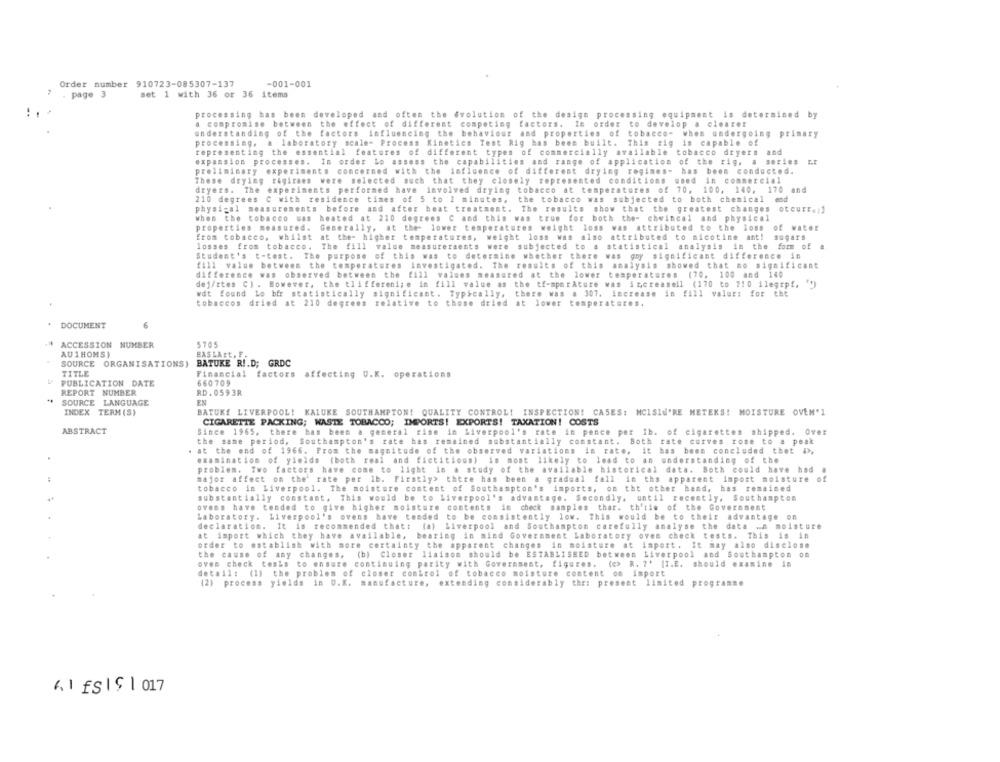
Order number 910723-085307-137
-001-001
. page 3
set 1 with 36 or 36 items
processing has been developed and often the evolution of the design processing equipment is determined by
a compromise between the effect of different competing factors. In order to develop a clearer
understanding of the factors influencing the behaviour and properties of tobacco- when undergoing primary
processing, a laboratory scale- Process Kinetics Test Rig has been built. This rig is capable of
representing the essential features of different types of commercially available tobacco dryers and
expansion processes. In order Lo assess the capabilities and range of application of the rig, a series Er
preliminary experiments concerned with the influence of different drying regimes- has been conducted.
These drying rigiraes were selected such that they closely represented conditions used in commercial
dryers. The experiments performed have involved drying tobacco at temperatures of 70, 100, 140, 170 and
210 degrees C with residence times of 5 to 1 minutes, the tobacco was subjected to both chemical end
physical measurements before and after heat treatment. The results show that the greatest changes
oteurr .: 1
when the tobacco was
heated at 210 degrees C and this was true for both the- chwincal and physical
properties measured.
Generally, at the- lower temperatures weight loss was attributed to the loss
of water
from tobacco, whilst at the- higher temperatures, weight loss was also attributed to nicotine ant!
sugars
losses from tobacco. The fill value measureraents were subjected to a statistical analysis in the form of
Student's t-test. The purpose of this was to determine whether there was gay significant difference in
fill value between the temperatures investigated. The results of this analysis showed that mo significant
difference was observed between the fill values measured at the lower temperatures (70, 100 and 140
dej/ttes C) . However, the tliffereni;e in fill value as the tf-mparAture was increaseil (170 to 210 ilegipf.
wdt found lo bfr statistically significant. Typically, there was a 307. increase in fill valur: for tht
tobaccos
dried at 210 degrees relative to those dried at lower temperatures.
DOCUMENT
6
ACCESSION NUMBER
5705
AU1HOMS)
HASLAst. F.
SOURCE ORGANISATIONS) BATUKE R !. D; GRDC
TITLE
Financial factors affecting U.K. operations
PUBLICATION DATE
660709
REPORT NUMBER
RD. 0593R
SOURCE LANGUAGE
EN
INDEX TERM (S)
BATUKE LIVERPOOL! KALUKE SOUTHAMPTON! QUALITY CONTROL! INSPECTION! CASES: MCISIU'RE METEKS! MOISTURE OVEM'1
CIGARETTE PACKING; WASTE TOBACCO; IMPORTS! EXPORTS! TAXATION! COSTS
ABSTRACT
Since 1965, there has been a general rise in Liverpool's rate in pence per Ib. of cigarettes shipped. Over
the same period, Southampton's rate has remained substantially constant. Both rate curves rose to a peak
at the end of 1966. From the magnitude of the observed variations in rate, it has been concluded thet I,
examination of yields (both real and fictitious) in most likely to lead to an understanding of the
problem. Two factors have come to light in a study of the available historical data. Both could have had #
major affect on the' rate per lb. Firstly> there has been a gradual fall in the apparent import moisture of
tobacco in Liverpool. The moisture content of Southampton's imports, on the other hand, has remained
substantially constant, This would be to Liverpool's advantage. Secondly, until recently, Southampton
ovens have tended to give higher moisture contents im check samples thar. th'sie of the Government
Laboratory. Liverpool's ovens have tended to be consistently low. This would be to their advantage on
declaration. It is recommended that: (a) Liverpool and Southampton carefully analyse the data .A moisture
at import which they have available, bearing in mind Government Laboratory oven check tests. This is in
order to establish with more certainty the apparent changes in moisture at import. It may also disclose
the cause of any changes. (b) Closer liaison should be ESTABLISHED between Liverpool and Southampton on
oves check tesks to ensure continuing parity with Government, figures.
(e) R. ? ' |I.E. should examine in
detail: (1) the problem of closer control of tobacco moisture content on import
(2) process yields in U.K. manufacture,
extending considerably the: present limited programme
6.1 fSI$ 1017